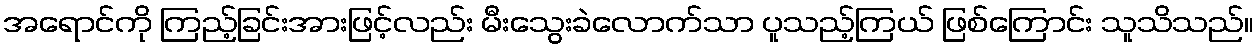
အရောင်ကို ကြည့်ခြင်းအားဖြင့်လည်း မီးသွေးခဲလောက်သာ ပူသည့်ကြယ် ဖြစ်ကြောင်း သူသိသည်။